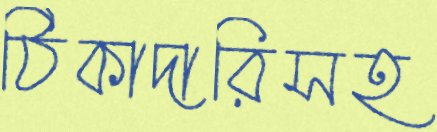
ঠিকাদারিসহ